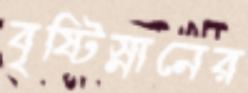
বৃষ্টিস্নানের